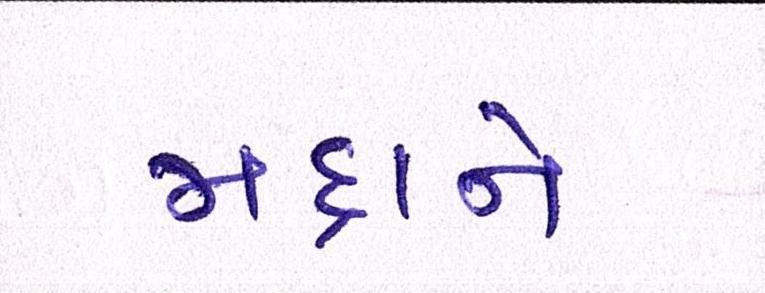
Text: મદ્દાને